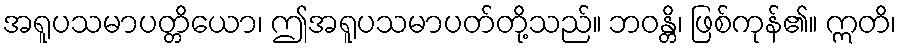
အရူပသမာပတ္တိယော၊ ဤအရူပသမာပတ်တို့သည်။ ဘဝန္တိ၊ ဖြစ်ကုန်၏။ ဣတိ၊